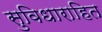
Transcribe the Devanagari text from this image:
सुविधाराहित